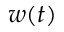
w ( t )